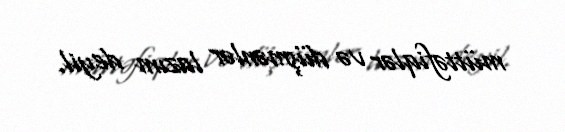
müttəfiqlər və düşmənlər lazım deyil.